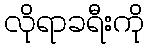
လိုရာခရီးကို